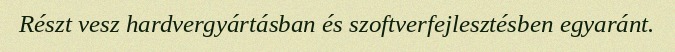
Részt vesz hardvergyártásban és szoftverfejlesztésben egyaránt.